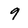
Character: 9